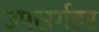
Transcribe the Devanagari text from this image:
उपसर्गहर